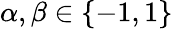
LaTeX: \alpha,\beta\in\{ -1,1\}